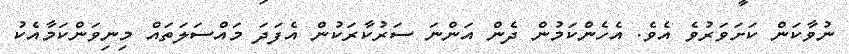
ނުވާކަން ކަށަވަރުވެ އެވެ. އެހެންކަމުން ދެން އަންނަ ސަރުކާރަކުން އެފަދަ މައްސަލަތައް މިނިވަންކަމާއެކު